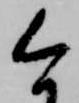
今